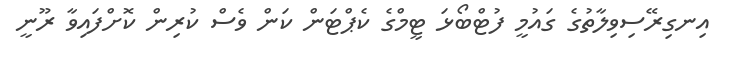
އިނގިރޭސިވިލާތުގެ ގައުމީ ފުޓްބޯޅަ ޓީމްގެ ކެޕްޓަން ކަން ވެސް ކުރިން ކޮށްފައިވާ ރޫނީ